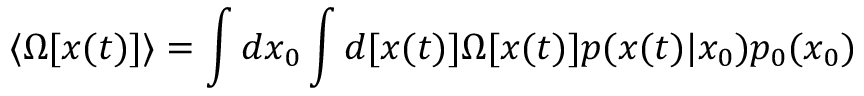
\langle \Omega [ x ( t ) ] \rangle = \int d x _ { 0 } \int d [ x ( t ) ] \Omega [ x ( t ) ] p ( x ( t ) | x _ { 0 } ) p _ { 0 } ( x _ { 0 } )